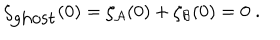
LaTeX: \zeta _ { \mathrm { g h o s t } } ( 0 ) = \zeta _ { \cal A } ( 0 ) + \zeta _ { \cal B } ( 0 ) = 0 \; .